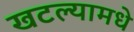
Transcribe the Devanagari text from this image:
खटल्यामधे